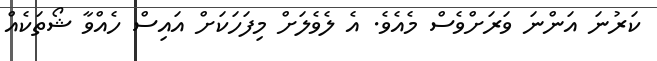
ކަރުނަ އަންނަ ވަރަށްވެސް މެެއެވެ. އެ ލެވެލަށް މިފަހަކަށް އައިސް ހެއްވާ ޝޯތަކެއް